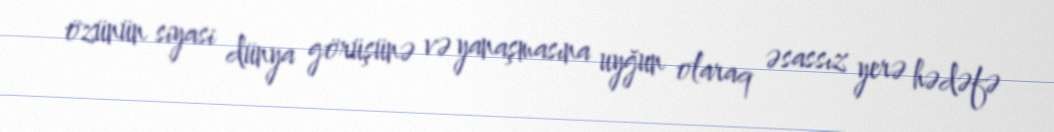
özünün siyasi dünya görüşünə və yanaşmasına uyğun olaraq əsassız yerə hədəfə